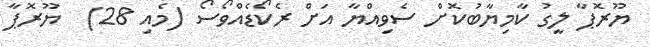
ޔޫރޮޕާ ލީގު ކާމިޔާބުކޮށް ސެވިއްޔާ އަށް ރެކޯޑެއްވޯސޯ (މެއި 28)  ޔޫރޮޕާ